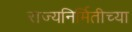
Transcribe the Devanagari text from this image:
राज्यनिर्मितीच्या